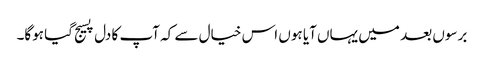
برسوں بعد میں یہاں آیا ہوں اس خیال سے کہ آپ کا دل پسیج گیا ہوگا۔